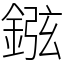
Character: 𨧻